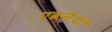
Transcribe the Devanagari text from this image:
एब्रनैथी